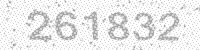
Solution: 261832